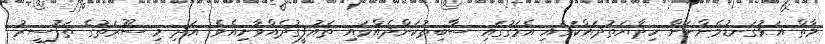
މާތް އަޅުގަނޑުމެންނަށް ހިދާޔަތުދައްކަވައި އެމަގުގައި ސާބިތުކަންދެއްވައި ތައުފީޤުދެއްވާށިއެވެ. އަދި މި ސޫރަތުގެ ތަފުސީރު